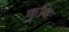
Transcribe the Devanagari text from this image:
कृषिः